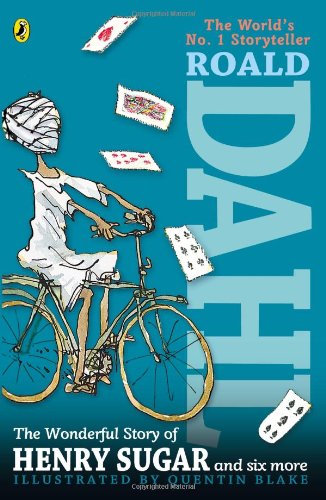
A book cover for The Wonderful Story of Henry Sugar; Roald Dahl; Literature & Fiction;